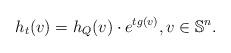
LaTeX: \begin{align*}h_t(v)=h_{Q}(v)\cdot e^{tg(v)}, v \in \mathbb{S}^n.\end{align*}